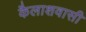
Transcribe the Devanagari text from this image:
कैलाशवासी